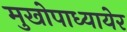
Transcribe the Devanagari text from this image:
मुखोपाध्यायेर